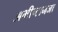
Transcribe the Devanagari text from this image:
अभीष्टानजा